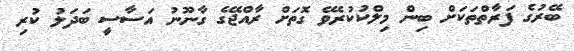
ބޭރުގެ ފަރާތްތަކަށް ބިން މިލްކުކުރެވޭ ގޮތަށް ރާއްޖޭގެ ގާނޫނު އަސާސީ ބަދަލު ކުރި